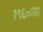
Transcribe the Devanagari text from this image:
१९६०व्या